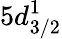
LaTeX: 5d_{3/2}^{1}